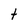
Character: t